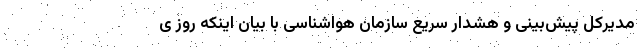
مدیرکل ‌پیش‌بینی و هشدار سریع سازمان هواشناسی با بیان اینکه روز ی